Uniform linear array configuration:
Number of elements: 16
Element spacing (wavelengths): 0.5
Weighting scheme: kaiser
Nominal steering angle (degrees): -45
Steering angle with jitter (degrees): -43.523
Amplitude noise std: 0.05
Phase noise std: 0.05

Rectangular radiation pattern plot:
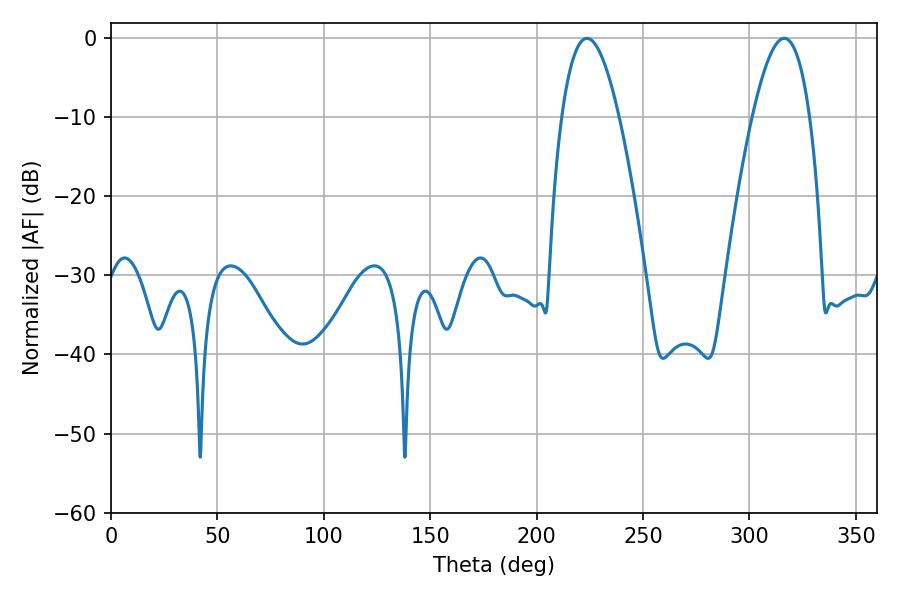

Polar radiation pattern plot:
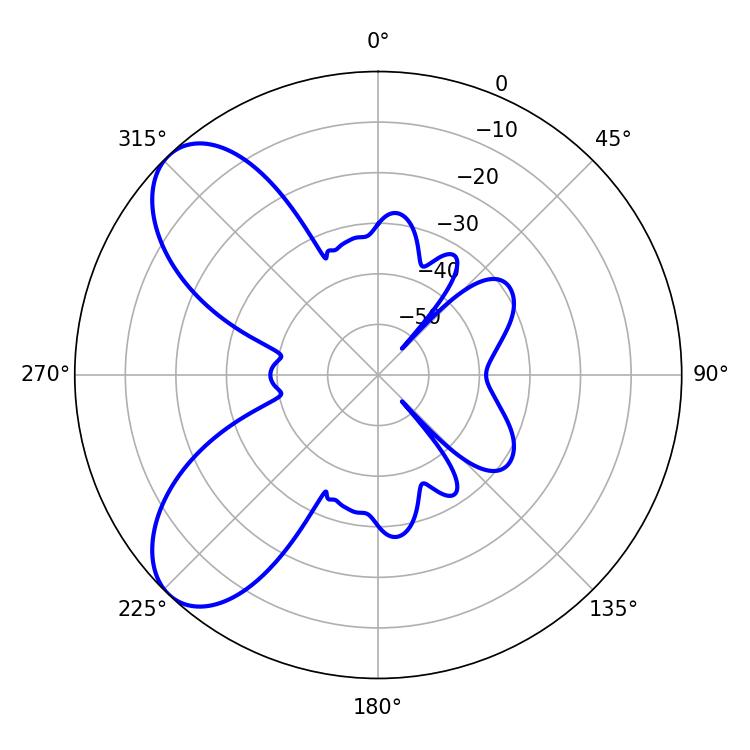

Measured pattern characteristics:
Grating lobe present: FALSE
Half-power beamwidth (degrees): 14.76
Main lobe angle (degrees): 223.56